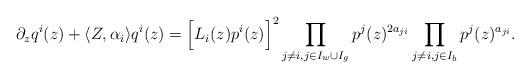
LaTeX: \begin{align*} \partial_z q^i(z)+\langle Z, \alpha_i\rangle q^i(z)=\Big[L_i(z){p^i(z)}\Big]^{2}\prod_{j\neq i, j\in I_w\cup I_g} p^j(z)^{2a_{ji}}\prod_{j\neq i, j\in I_b} p^j(z)^{a_{ji}}.\end{align*}